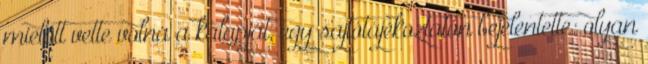
mielőtt vette volna a kalapját, egy sajtótájékoztatón bejelentette: olyan